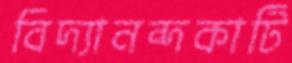
বিদ্যানন্দকাটি